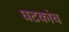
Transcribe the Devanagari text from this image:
घटकांच